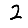
Digit: 2